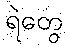
ရဲတွေ